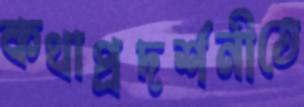
কথাপ্রদর্শনীতে